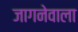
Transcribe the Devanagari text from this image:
जागनेवाला